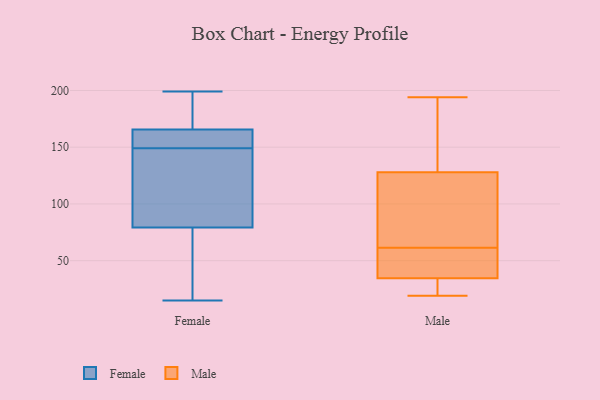
{"axis": {"x": "Tickets Resolved", "y": "Value"}, "legend": ["Female", "Male"], "data": [{"x": "", "y": 15, "type": "Female"}, {"x": "", "y": 89, "type": "Female"}, {"x": "", "y": 126, "type": "Female"}, {"x": "", "y": 149, "type": "Female"}, {"x": "", "y": 199, "type": "Female"}, {"x": "", "y": 186, "type": "Female"}, {"x": "", "y": 158, "type": "Female"}, {"x": "", "y": 161, "type": "Female"}, {"x": "", "y": 167, "type": "Female"}, {"x": "", "y": 63, "type": "Female"}, {"x": "", "y": 76, "type": "Female"}, {"x": "", "y": 19, "type": "Male"}, {"x": "", "y": 31, "type": "Male"}, {"x": "", "y": 99, "type": "Male"}, {"x": "", "y": 194, "type": "Male"}, {"x": "", "y": 38, "type": "Male"}, {"x": "", "y": 62, "type": "Male"}, {"x": "", "y": 64, "type": "Male"}, {"x": "", "y": 24, "type": "Male"}, {"x": "", "y": 50, "type": "Male"}, {"x": "", "y": 61, "type": "Male"}, {"x": "", "y": 160, "type": "Male"}, {"x": "", "y": 157, "type": "Male"}]}